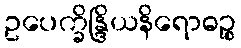
ဥပေက္ခိန္ဒြိယနိရောဓဉ္စ